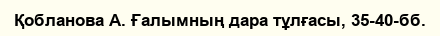
Қобланова А. Ғалымның дара тұлғасы, 35-40-бб.